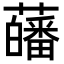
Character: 𧂉